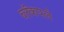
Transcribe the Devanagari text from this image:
ब्लॅकपर्ल